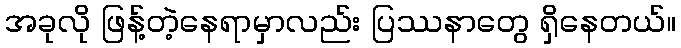
အခုလို ဖြန့်တဲ့နေရာမှာလည်း ပြဿနာတွေ ရှိနေတယ်။